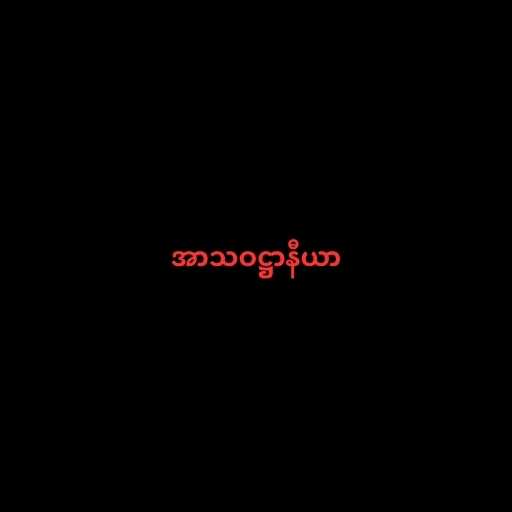
အာသဝဋ္ဌာနီယာ